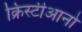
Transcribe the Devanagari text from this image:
क्रिस्टीआनो